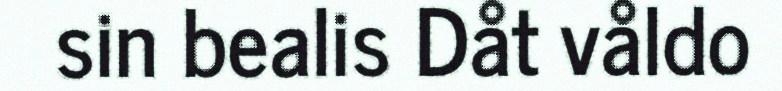
sin bealis Dåt våldo